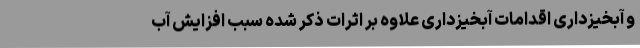
و آبخیزداری اقدامات آبخیزداری علاوه بر اثرات ذکر شده سبب افزایش آب